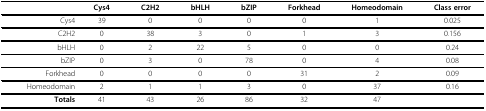
<table><thead><tr><td></td><td><b>Cys4</b></td><td><b>C2H2</b></td><td><b>bHLH</b></td><td><b>bZIP</b></td><td><b>Forkhead</b></td><td><b>Homeodomain</b></td><td><b>Class error</b></td></tr></thead><tbody><tr><td>Cys4</td><td>39</td><td>0</td><td>0</td><td>0</td><td>0</td><td>1</td><td>0.025</td></tr><tr><td>C2H2</td><td>0</td><td>38</td><td>3</td><td>0</td><td>1</td><td>3</td><td>0.156</td></tr><tr><td>bHLH</td><td>0</td><td>2</td><td>22</td><td>5</td><td>0</td><td>0</td><td>0.24</td></tr><tr><td>bZIP</td><td>0</td><td>3</td><td>0</td><td>78</td><td>0</td><td>4</td><td>0.08</td></tr><tr><td>Forkhead</td><td>0</td><td>0</td><td>0</td><td>0</td><td>31</td><td>2</td><td>0.09</td></tr><tr><td>Homeodomain</td><td>2</td><td>1</td><td>1</td><td>3</td><td>0</td><td>37</td><td>0.16</td></tr><tr><td><b>Totals</b></td><td>41</td><td>43</td><td>26</td><td>86</td><td>32</td><td>47</td><td></td></tr></tbody></table>